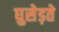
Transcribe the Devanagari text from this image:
घुसेड़ते